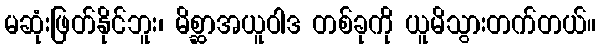
မဆုံးဖြတ်နိုင်ဘူး၊ မိစ္ဆာအယူဝါဒ တစ်ခုကို ယူမိသွားတက်တယ်။